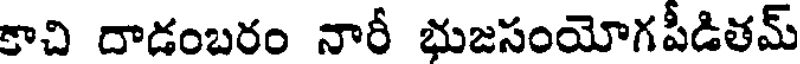
కాచి దాడంబరం నారీ భుజసంయోగపీడితమ్